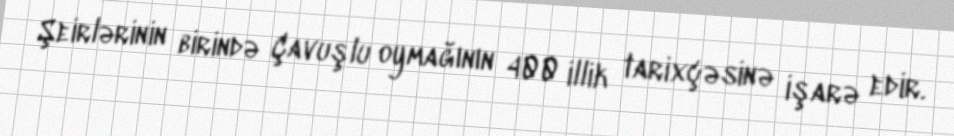
Şeirlərinin birində Çavuşlu oymağının 400 illik tarixçəsinə işarə edir.